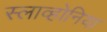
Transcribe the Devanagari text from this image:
स्लाव्होनिया